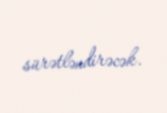
sürətləndirəcək.